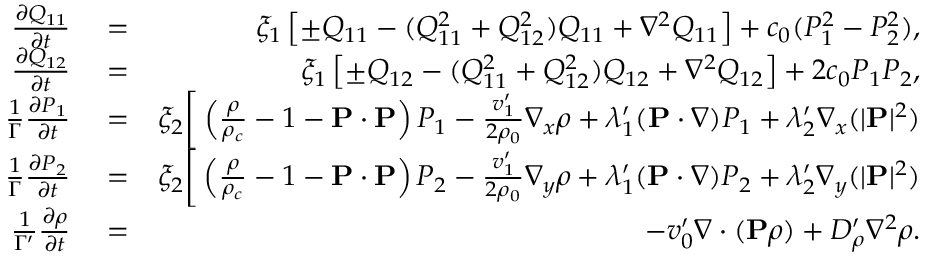
\begin{array} { r l r } { \frac { \partial Q _ { 1 1 } } { \partial t } } & { { } = } & { \xi _ { 1 } \left[ \pm Q _ { 1 1 } - ( Q _ { 1 1 } ^ { 2 } + Q _ { 1 2 } ^ { 2 } ) Q _ { 1 1 } + \nabla ^ { 2 } Q _ { 1 1 } \right] + c _ { 0 } ( P _ { 1 } ^ { 2 } - P _ { 2 } ^ { 2 } ) , } \\ { \frac { \partial Q _ { 1 2 } } { \partial t } } & { { } = } & { \xi _ { 1 } \left[ \pm Q _ { 1 2 } - ( Q _ { 1 1 } ^ { 2 } + Q _ { 1 2 } ^ { 2 } ) Q _ { 1 2 } + \nabla ^ { 2 } Q _ { 1 2 } \right] + 2 c _ { 0 } P _ { 1 } P _ { 2 } , } \\ { \frac { 1 } { \Gamma } \frac { \partial P _ { 1 } } { \partial t } } & { { } = } & { \xi _ { 2 } \bigg [ \left( \frac { \rho } { \rho _ { c } } - 1 - { \bf P } \cdot { \bf P } \right) P _ { 1 } - \frac { v _ { 1 } ^ { \prime } } { 2 \rho _ { 0 } } \nabla _ { x } \rho + \lambda _ { 1 } ^ { \prime } ( { \bf P } \cdot \nabla ) P _ { 1 } + \lambda _ { 2 } ^ { \prime } \nabla _ { x } ( | { \bf P } | ^ { 2 } ) } \\ { \frac { 1 } { \Gamma } \frac { \partial P _ { 2 } } { \partial t } } & { { } = } & { \xi _ { 2 } \bigg [ \left( \frac { \rho } { \rho _ { c } } - 1 - { \bf P } \cdot { \bf P } \right) P _ { 2 } - \frac { v _ { 1 } ^ { \prime } } { 2 \rho _ { 0 } } \nabla _ { y } \rho + \lambda _ { 1 } ^ { \prime } ( { \bf P } \cdot \nabla ) P _ { 2 } + \lambda _ { 2 } ^ { \prime } \nabla _ { y } ( | { \bf P } | ^ { 2 } ) } \\ { \frac { 1 } { \Gamma ^ { \prime } } \frac { \partial \rho } { \partial t } } & { { } = } & { - v _ { 0 } ^ { \prime } \nabla \cdot ( { \bf P } \rho ) + D _ { \rho } ^ { \prime } \nabla ^ { 2 } \rho . } \end{array}